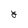
Character: Y